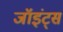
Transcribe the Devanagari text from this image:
जॉइंट्स